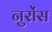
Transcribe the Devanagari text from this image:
नुरोंस